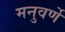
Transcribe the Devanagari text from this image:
मनुवर्णे